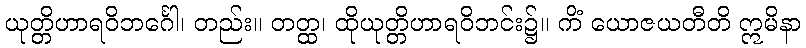
ယုတ္တိဟာရဝိဘင်္ဂေါ၊ တည်း။ တတ္ထ၊ ထိုယုတ္တိဟာရဝိဘင်း၌။ ကိံ ယောဇယတီတိ ဣမိနာ